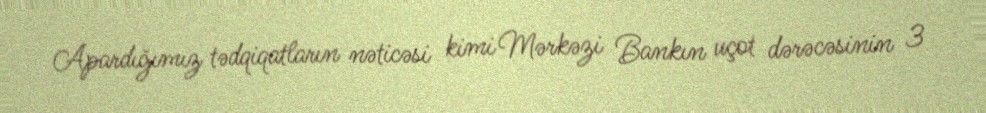
Apardığımız tədqiqatların nəticəsi kimi Mərkəzi Bankın uçot dərəcəsinin 3